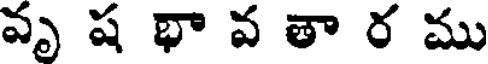
వృ ష భా వ తా ర ము